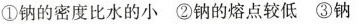
①钠的密度比水的小②钠的熔点较低③钠